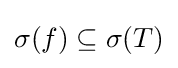
\sigma (f)\subseteq \sigma (T)